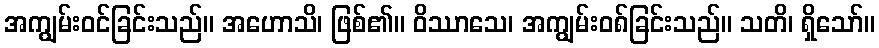
အကျွမ်းဝင်ခြင်းသည်။ အဟောသိ၊ ဖြစ်၏။ ဝိဿာသေ၊ အကျွမ်းဝ၈်ခြင်းသည်။ သတိ၊ ရှိသော်။